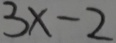
3 x - 2